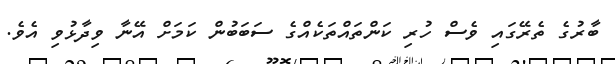
ބާރުގެ ތެރޭގައި ވެސް ހުރި ކަންތައްތަކެއްގެ ސަބަބުން ކަމަށް އޭނާ ވިދާޅުވި އެވެ.